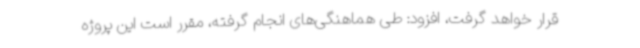
قرار خواهد گرفت، افزود: طی هماهنگی‌های انجام گرفته، مقرر است این پروژه